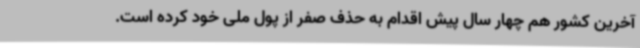
آخرین کشور هم چهار سال پیش اقدام به حذف صفر از پول ملی خود کرده است.